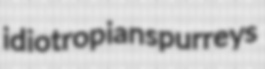
idiotropian spurreys